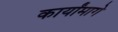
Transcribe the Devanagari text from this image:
कार्यांमागे